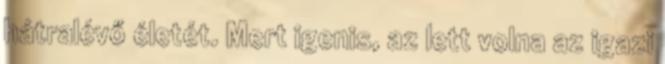
hátralévő életét. Mert igenis, az lett volna az igazi